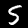
Digit: 5